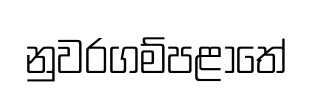
නුවරගම්පළාතේ